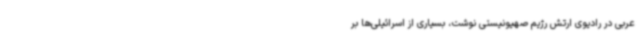
عربی در رادیوی ارتش رژیم صهیونیستی نوشت، بسیاری از اسرائیلی‌ها بر